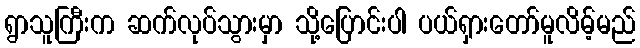
ရွာသူကြီးက ဆက်လုပ်သွားမှာ သို့ပြောင်းပါ ပယ်ရှားတော်မူလိမ့်မည်